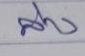
ล่าง